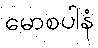
မောစပါနံ